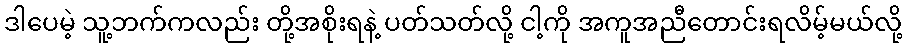
ဒါပေမဲ့ သူ့ဘက်ကလည်း တို့အစိုးရနဲ့ ပတ်သတ်လို့ ငါ့ကို အကူအညီတောင်းရလိမ့်မယ်လို့